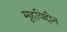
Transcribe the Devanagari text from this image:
मुहयिद्दीन